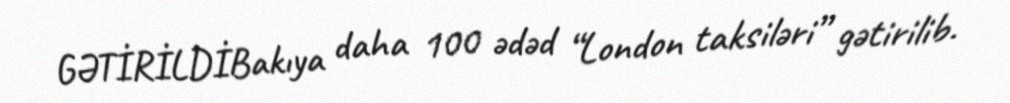
GƏTİRİLDİBakıya daha 100 ədəd “London taksiləri” gətirilib.